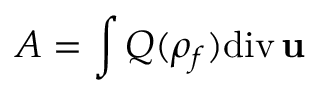
A = \int Q ( \rho _ { f } ) \mathrm { d i v } \, { \bf u }